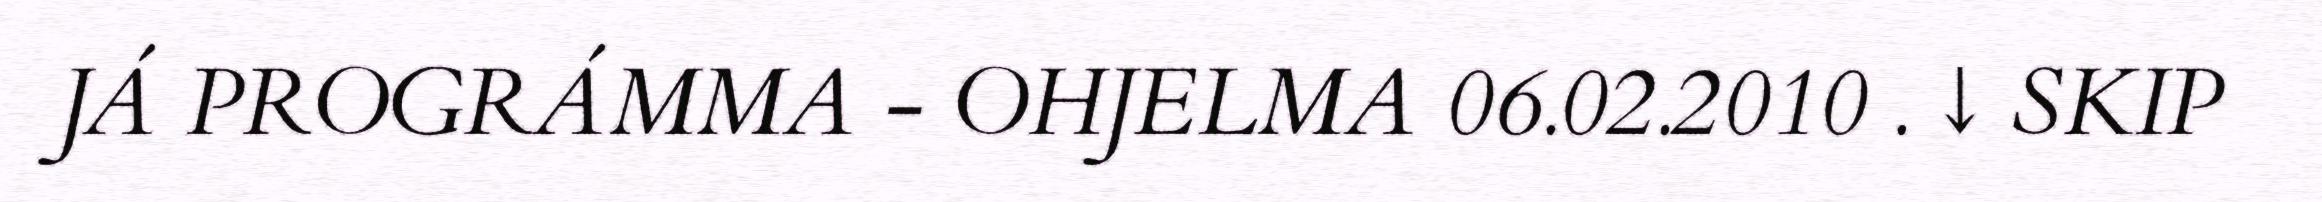
JÁ PROGRÁMMA - OHJELMA 06.02.2010 . ↓ SKIP